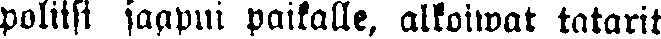
poliisi saapui paikalle, alkoiwat tatarit